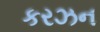
કરઝન